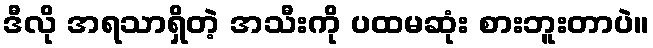
ဒီလို အရသာရှိတဲ့ အသီးကို ပထမဆုံး စားဘူးတာပဲ။